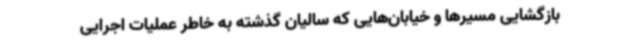
بازگشایی مسیرها و خیابان‌هایی که سالیان گذشته به خاطر عملیات اجرایی